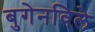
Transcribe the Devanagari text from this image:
बुगेनविले